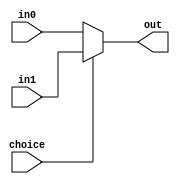
`timescale 1ns / 1ns
module Mux5(
    input choice,
    input[4:0] in0,
    input[4:0] in1,
    output[4:0] out
);
    assign out=choice?in1:in0;
endmodule